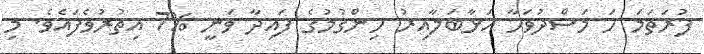
ފުރަތަމަ ހަ މަސްދުވަހާ އަޅާބަލާއިރު ހިންގުމުގެ ފައިދާ ވަނީ %7 އިތުރުވެފައެވެ. މި